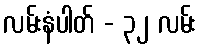
လမ်းနံပါတ် - ၃၂ လမ်း